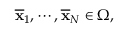
{ \overline { { \mathbf { x } } } } _ { 1 } , \cdots , { \overline { { \mathbf { x } } } } _ { N } \in \Omega ,